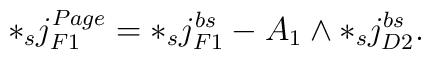
*_s j_{F1}^{Page} = *_s j_{F1}^{bs} - A_1 \wedge *_s j_{D2}^{bs}.